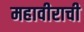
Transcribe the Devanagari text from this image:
महावीराची